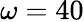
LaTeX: \omega=40